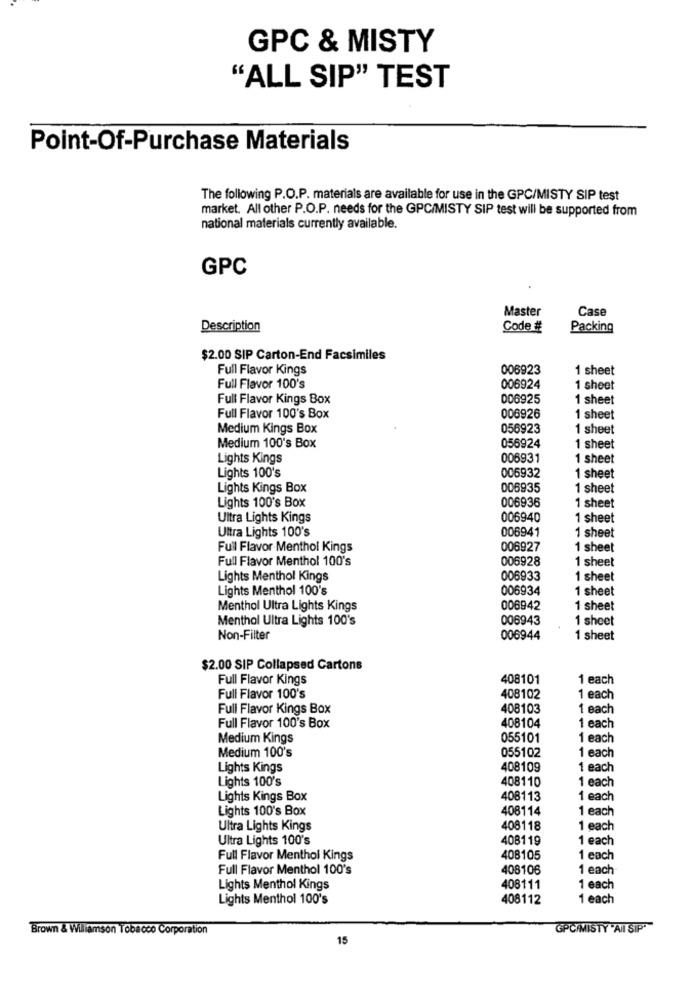
GPC & MISTY
"ALL SIP" TEST
Point-Of-Purchase Materials
The following P.O.P. materials are available for use in the GPC/MISTY SIP test
market. All other P.O.P. needs for the GPC/MISTY SIP test will be supported from
national materials currently available.
GPC
Master
Case
Description
Code#
Packing
$2.00 SIP Carton-End Facsimiles
Full Flavor Kings
006923
1 sheet
Full Flavor 100's
006924
1 sheet
Full Flavor Kings Box
006925
1 sheet
Full Flavor 100's Box
006926
1 sheet
Medium Kings Box
056923
1 sheet
056924
Medium 100's Box
1 sheet
Lights Kings
006931
1 sheet
Lights 100's
006932
1 sheet
Lights Kings Box
006935
1 sheet
Lights 100's Box
006936
1 sheet
Ultra Lights Kings
006940
1 sheet
Ultra Lights 100's
006941
1 sheet
Full Flavor Menthol Kings
006927
1 sheet
Full Flavor Menthol 100's
006928
1 sheet
Lights Menthol Kings
006933
1 sheet
Lights Menthol 100's
006934
1 sheet
Menthol Ultra Lights Kings
006942
1 sheet
Menthol Ultra Lights 100's
006943
1 sheet
Non-Filter
006944
1 sheet
$2.00 SIP Collapsed Cartons
Full Flavor Kings
408101
1 each
Full Flavor 100's
408102
1 each
Full Flavor Kings Box
408103
1 each
Full Flavor 100's Box
408104
1 each
Medium Kings
055101
1 each
Medium 100's
055102
1 each
Lights Kings
408109
1 each
Lights 100's
1 each
408110
Lights Kings Box
408113
1 each
Lights 100's Box
408114
1 each
Ultra Lights Kings
408118
1 each
Ultra Lights 100's
408119
1 each
Full Flavor Menthol Kings
408105
1 each
Full Flavor Menthol 100's
408106
1 each
Lights Menthol Kings
408111
1 each
Lights Menthol 100's
408112
1 each
Brown & Williamson Tobacco Corporation
GPCAMMISTY "AII SIP"
15